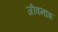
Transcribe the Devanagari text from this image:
जीवनाश